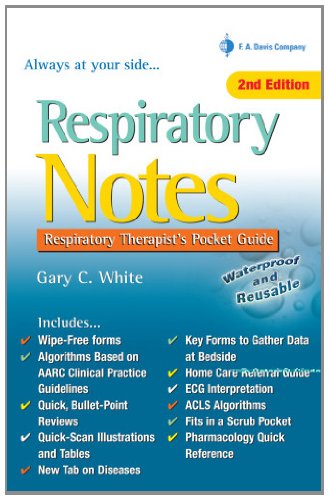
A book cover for Respiratory Notes: Respiratory Therapist's Pocket Guide (Davis's Notes); Gary C. White MEd  RRT  RPFT; Medical Books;